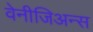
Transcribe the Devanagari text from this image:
वेनीजिअन्स